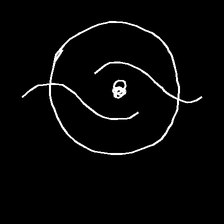
Glyph: repetition